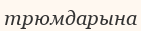
трюмдарына